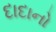
દાદાનો